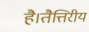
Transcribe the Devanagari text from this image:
है।तैत्तिरीय